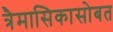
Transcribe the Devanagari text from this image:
त्रैमासिकासोबत